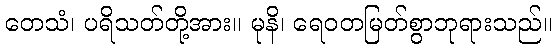
တေသံ၊ ပရိသတ်တို့အား။ မုနိ၊ ရေဝတမြတ်စွာဘုရားသည်။